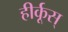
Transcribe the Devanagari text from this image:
हीर्कूस्